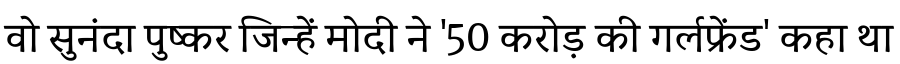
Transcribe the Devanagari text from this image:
वो सुनंदा पुष्कर जिन्हें मोदी ने '50 करोड़ की गर्लफ्रेंड' कहा था